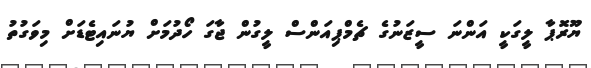
ޔޫރޮޕާ ލީގަކީ އަންނަ ސީޒަނުގެ ޗެމްޕިއަންސް ލީގުން ޖާގަ ހޯދުމަށް ޔުނައިޓެޑަށް މިވަގުތު